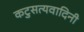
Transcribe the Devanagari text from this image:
कटुसत्यवादिनी